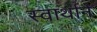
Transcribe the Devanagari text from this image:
स्वार्थाने